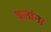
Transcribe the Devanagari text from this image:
बलांना